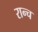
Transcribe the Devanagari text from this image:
रान्च